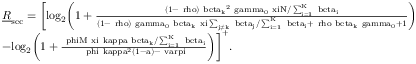
\begin{array} { r } { \begin{array} { r l } & { \underline { { R } } _ { \mathrm { s e c } } = \bigg [ \mathrm { l o g _ { 2 } \bigg ( 1 + \frac { ( 1 - \mit \ r h o ) \ b e t a _ { k } \mathrm { ^ 2 \mathrm { \ g a m m a _ { 0 } \mit \ x i N / \sum _ { i = \mathrm { 1 } } \mit ^ { K } \ b e t a _ { i } } } } { ( 1 - \ r h o ) \ g a m m a _ { 0 } \ b e t a \mit _ { k } \mit \ x i \sum _ { j \neq k } \ b e t a _ { j } / \sum _ { i = \mathrm { 1 } } \mit ^ { K } \ b e t a _ { i } + \ r h o \ b e t a \mit _ { k } \mathrm { \ g a m m a _ { 0 } + 1 } } \bigg ) } } \\ & { - \mathrm { l o g _ { 2 } \bigg ( 1 + \mit \frac { \ p h i M \ x i \ k a p p a \ b e t a _ { k } / \sum _ { i = \mathrm { 1 } } \mit ^ { K } \ b e t a _ { i } } { \ p h i \ k a p p a \mathrm { ^ 2 ( 1 - \mit a ) - \ v a r p i } } \bigg ) \bigg ] ^ { + } . } } \end{array} } \end{array}